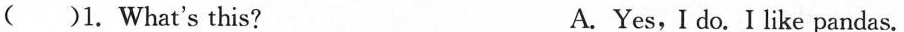
( )1. What's this? A. Yes,I do.I like pandas.